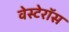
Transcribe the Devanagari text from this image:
वेस्टेरॉस